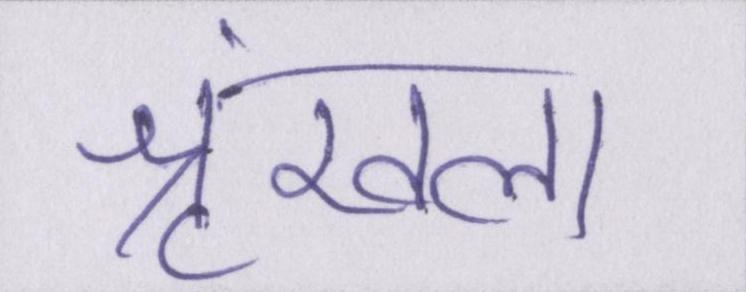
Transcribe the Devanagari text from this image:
श्रृंखला